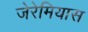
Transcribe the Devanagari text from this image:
जेरेमियास